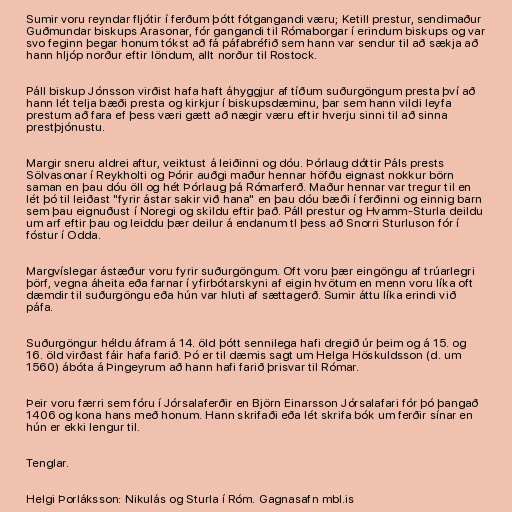
Sumir voru reyndar fljótir í ferðum þótt fótgangandi væru; Ketill prestur, sendimaður
Guðmundar biskups Arasonar, fór gangandi til Rómaborgar í erindum biskups og var
svo feginn þegar honum tókst að fá páfabréfið sem hann var sendur til að sækja að
hann hljóp norður eftir löndum, allt norður til Rostock.

Páll biskup Jónsson virðist hafa haft áhyggjur af tíðum suðurgöngum presta því að
hann lét telja bæði presta og kirkjur í biskupsdæminu, þar sem hann vildi leyfa
prestum að fara ef þess væri gætt að nægir væru eftir hverju sinni til að sinna
prestþjónustu.

Margir sneru aldrei aftur, veiktust á leiðinni og dóu. Þórlaug dóttir Páls prests
Sölvasonar í Reykholti og Þórir auðgi maður hennar höfðu eignast nokkur börn
saman en þau dóu öll og hét Þórlaug þá Rómarferð. Maður hennar var tregur til en
lét þó til leiðast "fyrir ástar sakir við hana" en þau dóu bæði í ferðinni og einnig barn
sem þau eignuðust í Noregi og skildu eftir það. Páll prestur og Hvamm-Sturla deildu
um arf eftir þau og leiddu þær deilur á endanum tl þess að Snorri Sturluson fór í
fóstur í Odda.

Margvíslegar ástæður voru fyrir suðurgöngum. Oft voru þær eingöngu af trúarlegri
þörf, vegna áheita eða farnar í yfirbótarskyni af eigin hvötum en menn voru líka oft
dæmdir til suðurgöngu eða hún var hluti af sættagerð. Sumir áttu líka erindi við
páfa.

Suðurgöngur héldu áfram á 14. öld þótt sennilega hafi dregið úr þeim og á 15. og
16. öld virðast fáir hafa farið. Þó er til dæmis sagt um Helga Höskuldsson (d. um
1560) ábóta á Þingeyrum að hann hafi farið þrisvar til Rómar.

Þeir voru færri sem fóru í Jórsalaferðir en Björn Einarsson Jórsalafari fór þó þangað
1406 og kona hans með honum. Hann skrifaði eða lét skrifa bók um ferðir sínar en
hún er ekki lengur til.

Tenglar.

Helgi Þorláksson: Nikulás og Sturla í Róm. Gagnasafn mbl.is